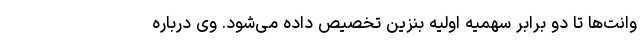
وانت‌ها تا دو برابر سهمیه اولیه بنزین تخصیص داده می‌شود. وی درباره